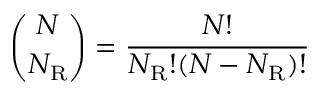
{ \binom { N } { N _ { \mathrm { { R } } } } } = { \frac { N ! } { N _ { \mathrm { { R } } } ! ( N - N _ { \mathrm { { R } } } ) ! } }